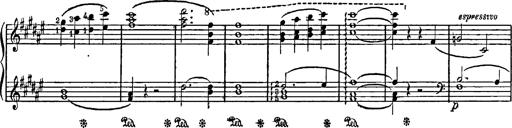
Title: Feierlicher Marsch zum heiligen Gral aus Parsifal
Composer: Franz Liszt